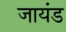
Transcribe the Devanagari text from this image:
जायंड